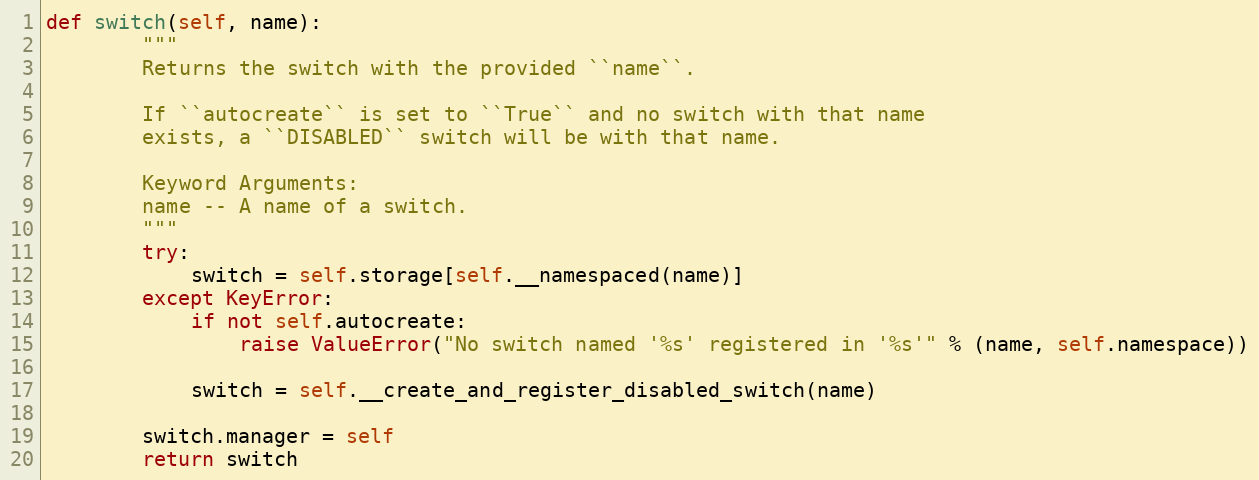
Language: Python
def switch(self, name):
        """
        Returns the switch with the provided ``name``.

        If ``autocreate`` is set to ``True`` and no switch with that name
        exists, a ``DISABLED`` switch will be with that name.

        Keyword Arguments:
        name -- A name of a switch.
        """
        try:
            switch = self.storage[self.__namespaced(name)]
        except KeyError:
            if not self.autocreate:
                raise ValueError("No switch named '%s' registered in '%s'" % (name, self.namespace))

            switch = self.__create_and_register_disabled_switch(name)

        switch.manager = self
        return switch